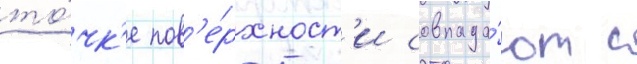
то́чк'е пов'е́рхност'и совпада́ют с